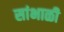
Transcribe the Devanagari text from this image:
सांभाळी